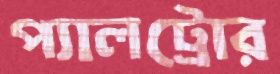
প্যালট্রোর